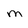
Character: m